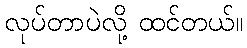
လုပ်တာပဲလို့ ထင်တယ်။